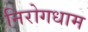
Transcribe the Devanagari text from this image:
निरोगधाम